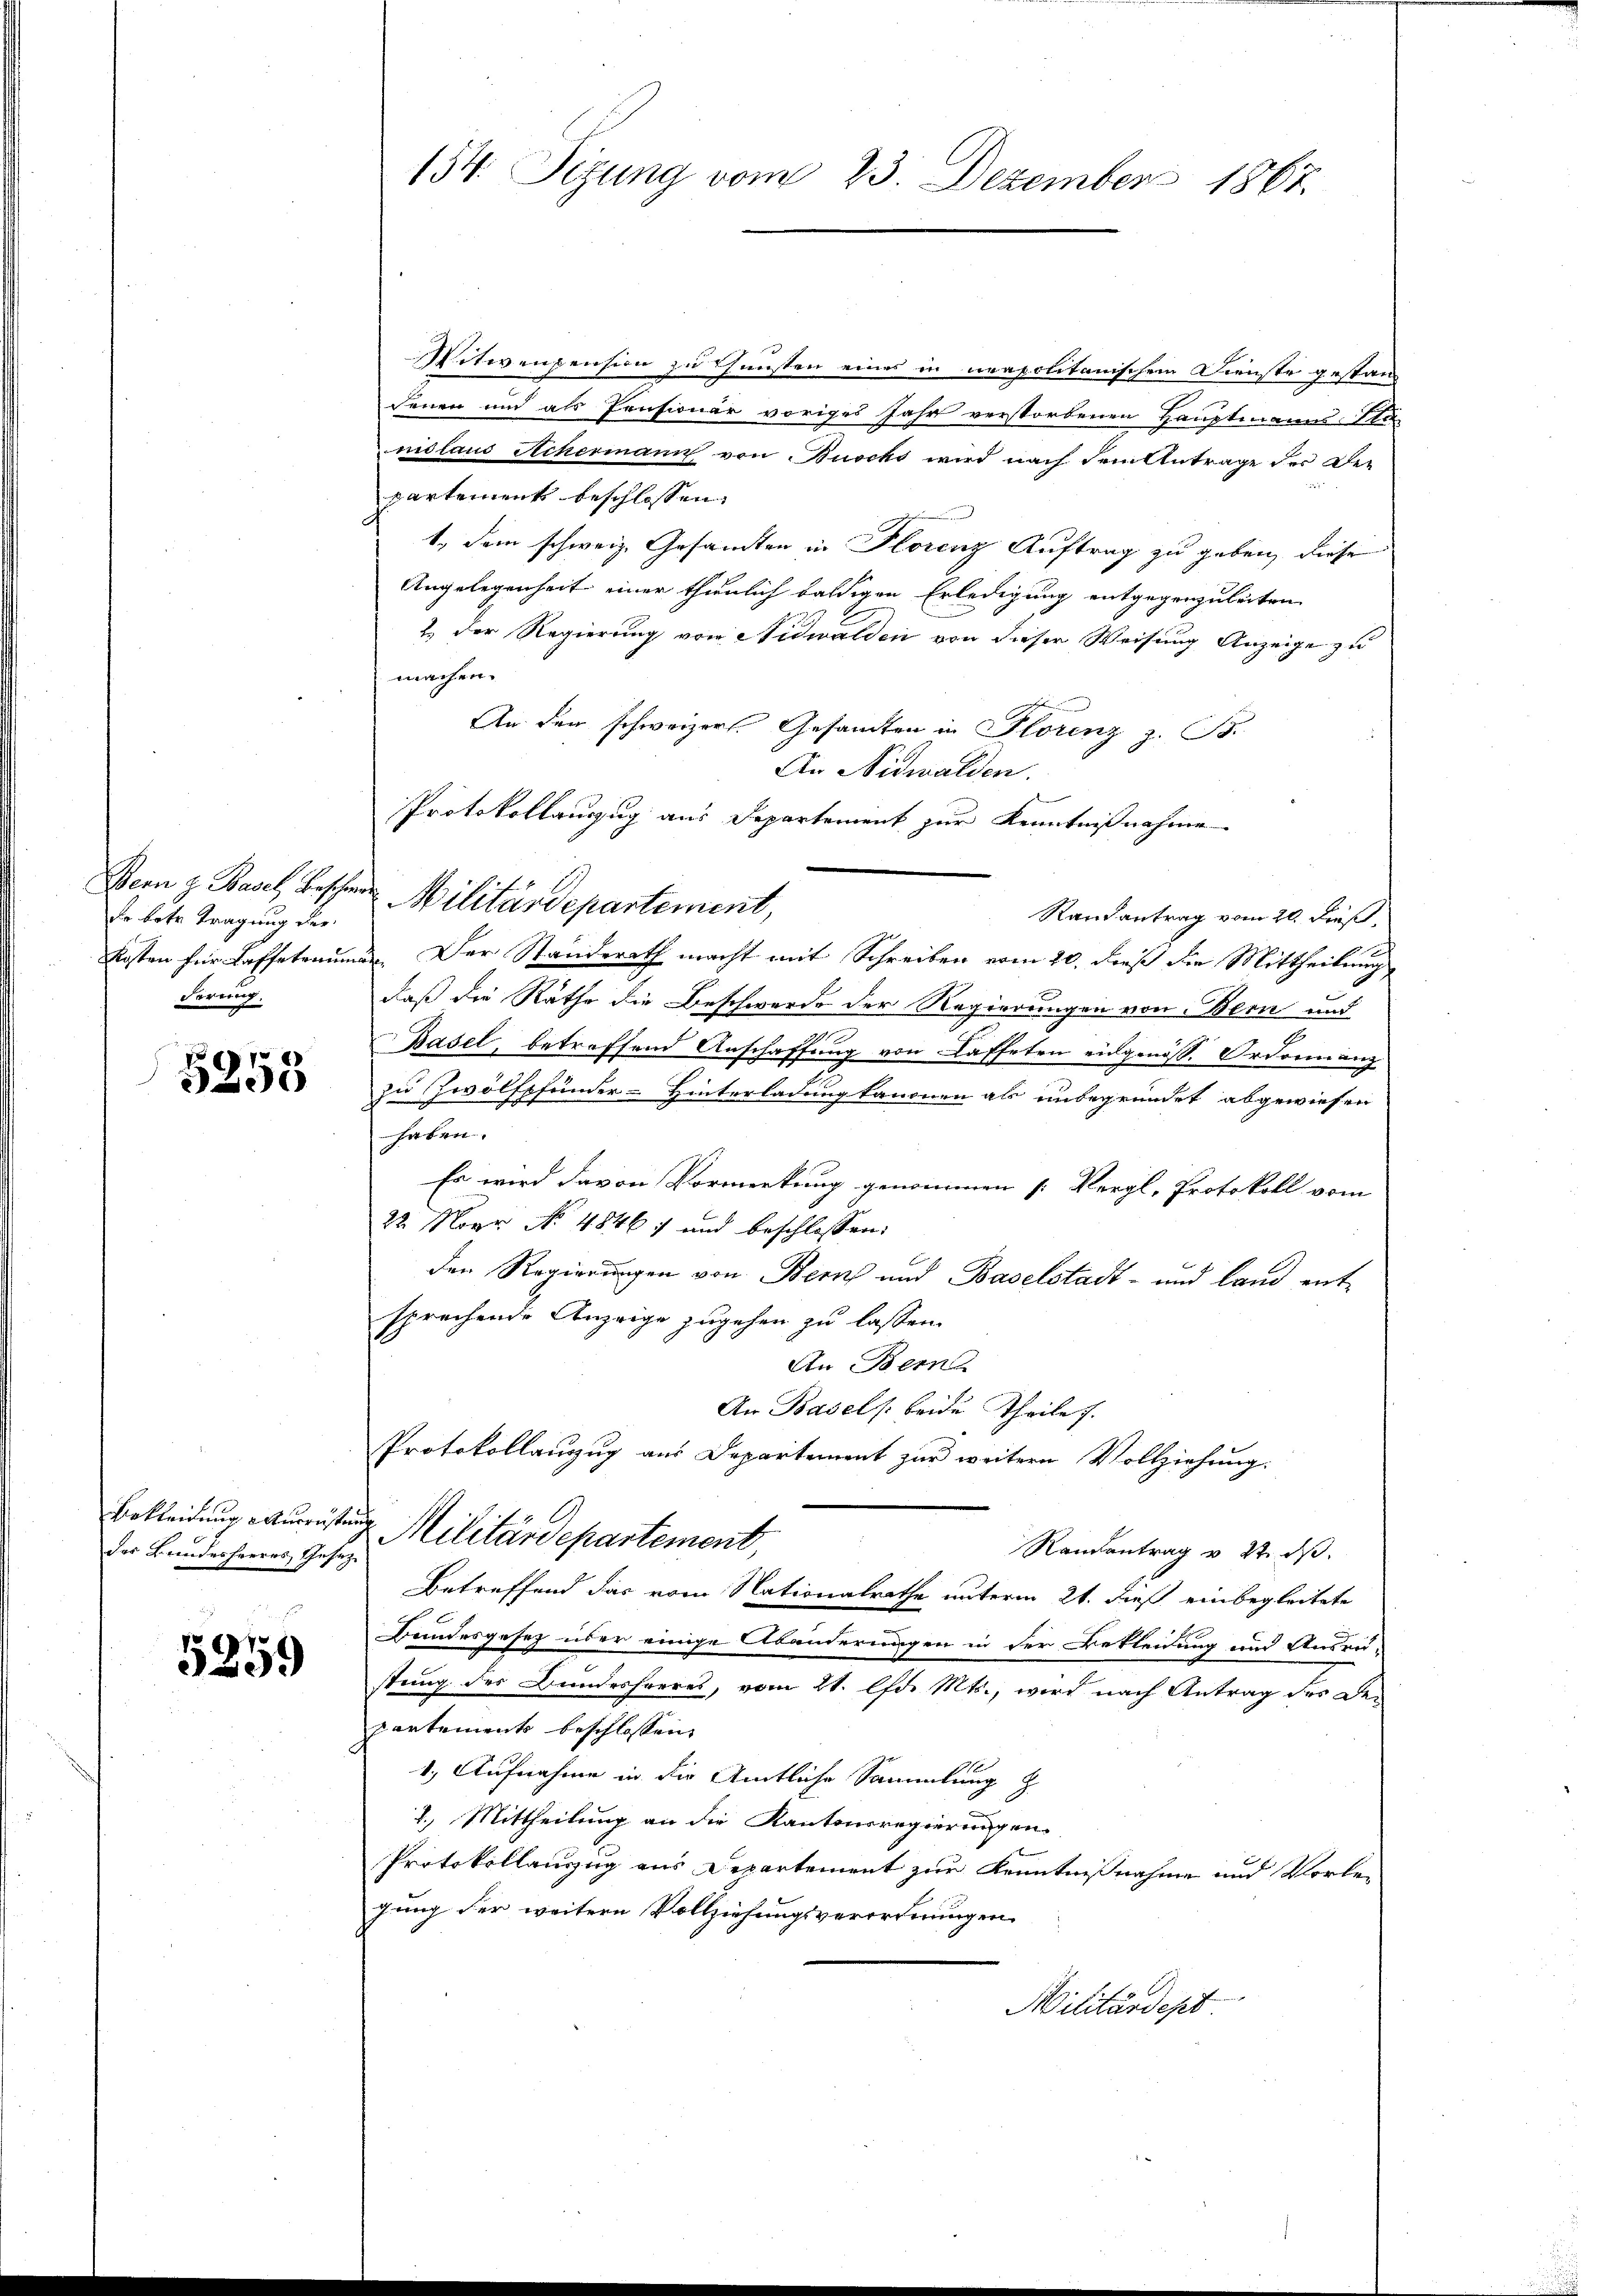
fr betr. Tragung der
Kosten für Kaffeterum
derrung,

5253

Bekleidung Ausrüstung
der Bundesheeres Gesetz

5259

154. Sizung vom 23. Dezember 1867.

MMitwenpension zu Chunsten eines in neapolitanischem Dienste gestan
denen und als Pensionär voriges Jahr verstorbenen Hauptmanns Sta
nislaus Achermann von Buocks wird nach dem Antrage der De-
partement beschlossen,
1. dem schweiz. Gesandten in Florenz Auftrag zu geben, diese
Angelegenheit einer thunlich baldigen Erledigung entgegenzuleiten
1. Der Regierung von Nidwalden von dieser Weisung Anzeige zu
machen.
An den schweizers. Gesandten in Plorenz z. B.
An Nidwalden.
Protokollanzug aus Departement zur Kenntnißnahme
Randantrag vom 20. dieß,
 Der Standerath macht mit Schreiben vom 20. dieß die Mittheilung
daß die Rathe die Beschwerde der Regierungen von Bern und
Basel, betreffend Anschaffung von Kaffeten eidgenöss. Ordonnanz
z
zu Zwölfpfunder-Hinterladung kanonen als unbegründet abgewiesen
haben.
Es wird davon Vormerkung genommen [Vergl. Protokoll vom
22. Novr No 48467 und beschlossen:
den Regierungen von Bern und Baselstadt- und land entsprechende Anzeige zugehen zu lassen.
An Berna
An Basels beide Theile 7.
Protokollanzug aus Departement zur weitern Vollziehung
 Militärdepartement,
Randantrag v. 22. ds.
Betreffend das vom Nationalrathe unterm 21. dieß einbegleitete
Bundesgesetz über einige Abänderungen in der Bekleidung und Ausrei-
stung des Bundesheeres, vom 21. lfd. Mts., wird nach Antrag des Departements beschlossen
1.) Aufnahme in die Amtliche Sammlung z
2. Mittheilung an die Kantonsregierungen
Protokollauszug aus Departement zur Kenntnißnahme und Vorlegung der weitere Vollziehungsverordnungen
Militärdept

Bern z. Basel beschen Militärdepartement,